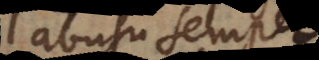
abusu semper